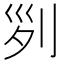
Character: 𠛱